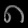
Digit: ၈